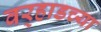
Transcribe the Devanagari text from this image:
वर्‍हाडच्या